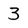
Character: 3